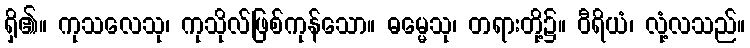
ရှိ၏။ ကုသလေသု၊ ကုသိုလ်ဖြစ်ကုန်သော။ ဓမ္မေသု၊ တရားတို့၌။ ဝီရိယံ၊ လုံ့လသည်။